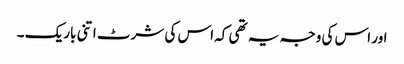
اور اس کی وجہ یہ تھی کہ اس کی شرٹ اتنی باریک ۔